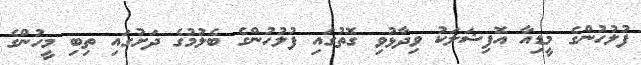
ފުލުހުންގެ މީޑިއާ އޮފިޝަލަކު ވިދާޅުވި ގޮތުގައި ފުލުހުންގެ ބެލުމުގެ ދަށުގައި ތިބި މީހުންގެ